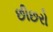
છીછરો